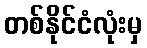
တစ်နိုင်ငံလုံးမှ